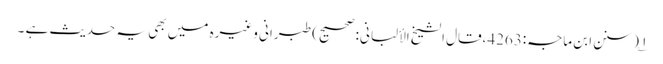
۱؎ (سنن ابن ماجہ:4263،قال الشیخ الألبانی:صحیح) طبرانی وغیرہ میں بھی یہ حدیث ہے ۔